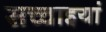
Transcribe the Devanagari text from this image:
सच्चाइयां